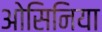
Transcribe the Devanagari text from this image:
ओसिनिया